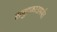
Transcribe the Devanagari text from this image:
समुद्रकाठापर्यंत